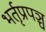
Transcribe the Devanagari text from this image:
भर्तृप्रपञ्च